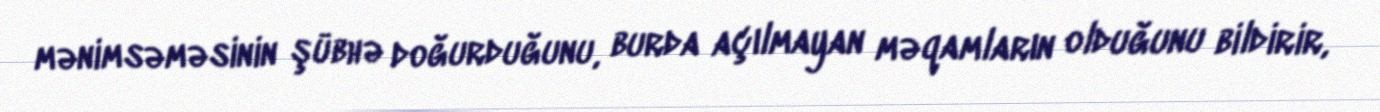
mənimsəməsinin şübhə doğurduğunu, burda açılmayan məqamların olduğunu bildirir,